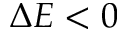
\Delta E < 0